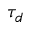
\tau _ { d }